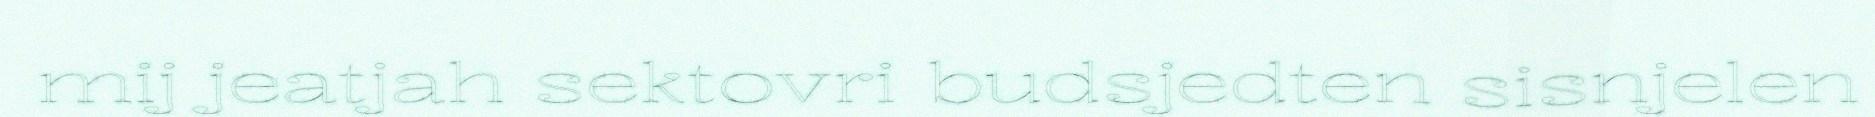
mij jeatjah sektovri budsjedten sisnjelen